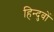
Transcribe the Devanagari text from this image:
हिन्दुवों